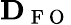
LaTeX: \mathbf{D}_{\mathrm{~F~O~}}